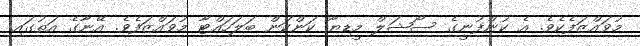
މުވައްޒަފެކެވެ. އެ ކުންފުނީގެ ސޯޝަލް މީޑިޔާ ކަންކަން ބަލަހައްޓާ މުވައްޒަފެވެ. އޭނާގެ އަތުގައި